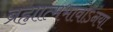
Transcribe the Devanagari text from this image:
ब्रह्मात्मभावोऽनया